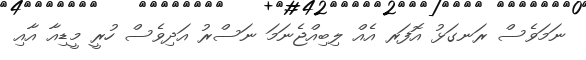
ނަމަވެސް ރަނގަޅު އޮފަރ އެއް ލިބިއްޖެނަމަ ނަސްރު އަދިވެސް ހުރީ މީޑިއާ އާއި